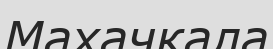
Махачкала